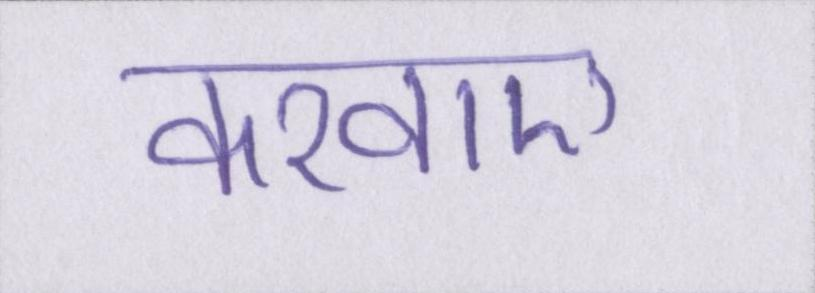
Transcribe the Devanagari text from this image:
करवाए